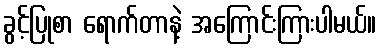
ခွင့်ပြုစာ ရောက်တာနဲ့ အကြောင်းကြားပါမယ်။